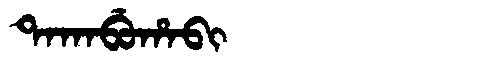
Manchu: ᡨᠠᡴᠠᠪᡠᡥᠠᠪᡳ
Romanization: TAKABUHABI